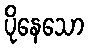
ပိုနေသော